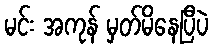
မင်း အကုန် မှတ်မိနေပြီပဲ